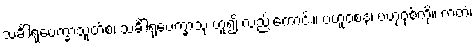
သင်္ခါရုပေက္ခာသူတိစ၊ သင်္ခါရုပေက္ခာသု ဟူ၍ လည်းကောင်း။ ဗဟူဝစနံ၊ ဗဟုဝုစ်ကို။ ကတံ၊